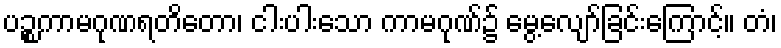
ပဉ္စကာမဂုဏရတိတော၊ ငါးပါးသော ကာမဂုဏ်၌ မွေ့လျော်ခြင်းကြောင့်။ တံ၊